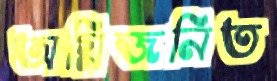
অগ্নিজনিত